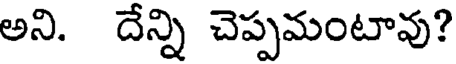
అని. దేన్ని చెప్పమంటావు?